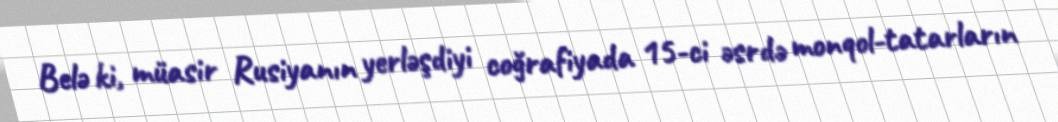
Belə ki, müasir Rusiyanın yerləşdiyi coğrafiyada 15-ci əsrdə monqol-tatarların